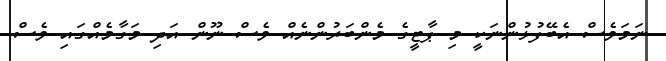
ނަމަވެސް އެބޭފުޅުންނަކީ މި ޕާޓީގެ މެންބަރުންނެއް ވެސް ނޫން އަދި މަގާމެއްގައި ވެސް